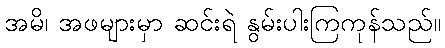
အမိ၊ အဖများမှာ ဆင်းရဲ နွမ်းပါးကြကုန်သည်။